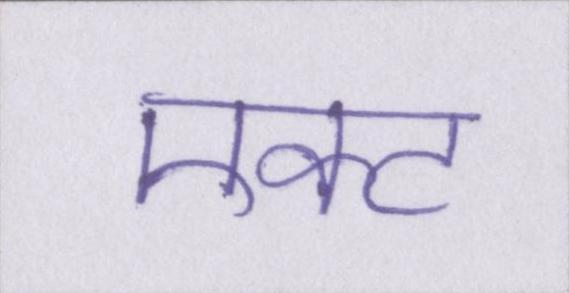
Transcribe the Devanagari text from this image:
एक्ट